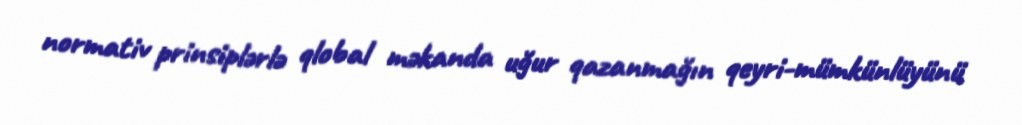
normativ prinsiplərlə qlobal məkanda uğur qazanmağın qeyri-mümkünlüyünü